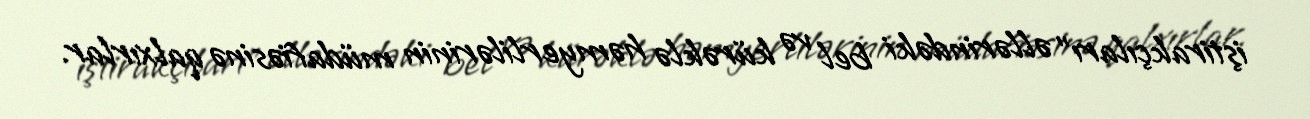
iştirakçıları” əllərindəki bel və kürəklə həmyerlilərinin müdafiəsinə qalxırlar.